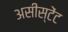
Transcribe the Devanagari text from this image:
असीस्टेंट